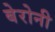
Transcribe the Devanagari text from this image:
बेरोनी